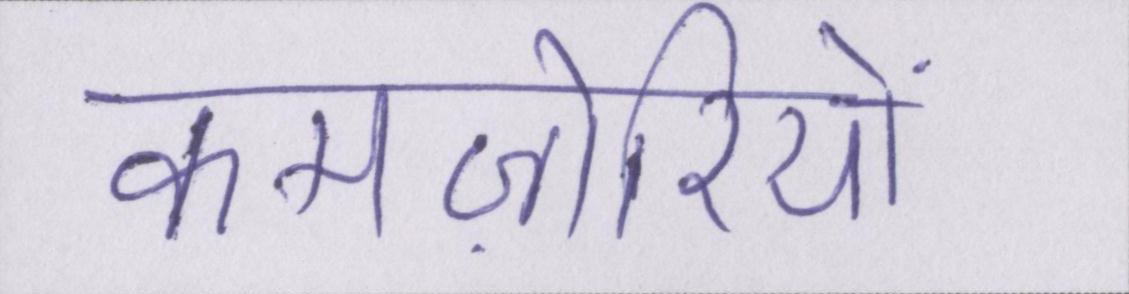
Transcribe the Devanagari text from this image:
कमज़ोरियों